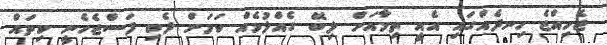
ޖެހިއްޖެ ހިނދެއްގައި އެއީ ތިމާއަށް ލިބޭ ގެއްލުމެއް ކަމަށް ދެކި ފަސްޖެހެނީ ކިތައް